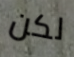
لكن